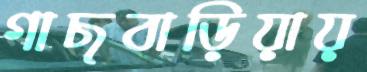
গাছবাড়িয়ায়